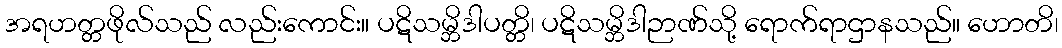
အရဟတ္တဖိုလ်သည် လည်းကောင်း။ ပဋိသမ္ဘိဒါပတ္တိ၊ ပဋိသမ္ဘိဒါဉာဏ်သို့ ရောက်ရာဌာနသည်။ ဟောတိ၊